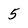
Character: 5